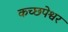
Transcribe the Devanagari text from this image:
कच्छपेश्वर